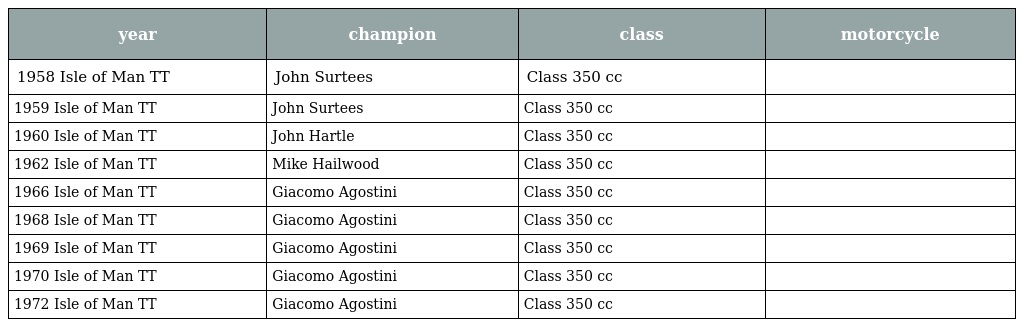
| year | champion | class | motorcycle |
 | --- | --- | --- | --- |
 | 1958 Isle of Man TT | John Surtees | Class 350 cc |  |
 | 1959 Isle of Man TT | John Surtees | Class 350 cc |  |
 | 1960 Isle of Man TT | John Hartle | Class 350 cc |  |
 | 1962 Isle of Man TT | Mike Hailwood | Class 350 cc |  |
 | 1966 Isle of Man TT | Giacomo Agostini | Class 350 cc |  |
 | 1968 Isle of Man TT | Giacomo Agostini | Class 350 cc |  |
 | 1969 Isle of Man TT | Giacomo Agostini | Class 350 cc |  |
 | 1970 Isle of Man TT | Giacomo Agostini | Class 350 cc |  |
 | 1972 Isle of Man TT | Giacomo Agostini | Class 350 cc |  |